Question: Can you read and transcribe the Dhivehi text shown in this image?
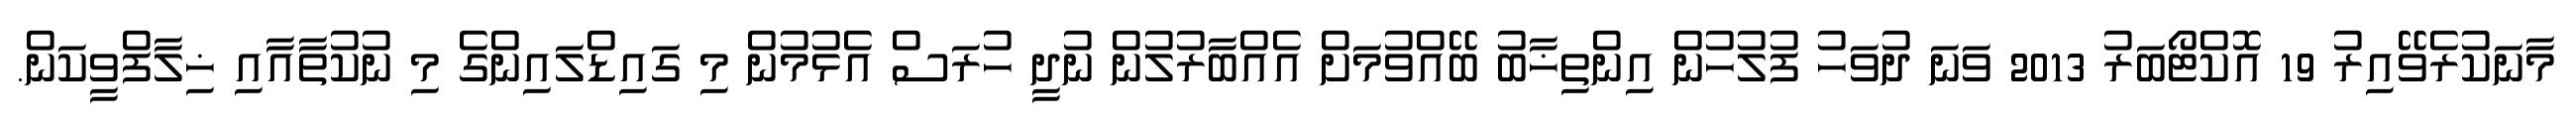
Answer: މާނަކުރެވޭއިރު 19 އޮކްޓޯބަރު 2013 ވަނަ ދުވަހު ފުލުހުން އިންތިޚާބު ބޭއްވުމަށް އެއްބާރުލުން ނުދީ ހުރަސް އެޅުމުން މި ގައިޑްލައިންގެ މި ނުކުތާއާއި ޚިލާފްވީކަން.